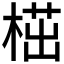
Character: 𣖠